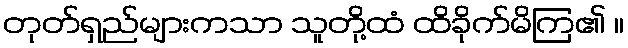
တုတ်ရှည်များကသာ သူတို့ထံ ထိခိုက်မိကြ၏ ။